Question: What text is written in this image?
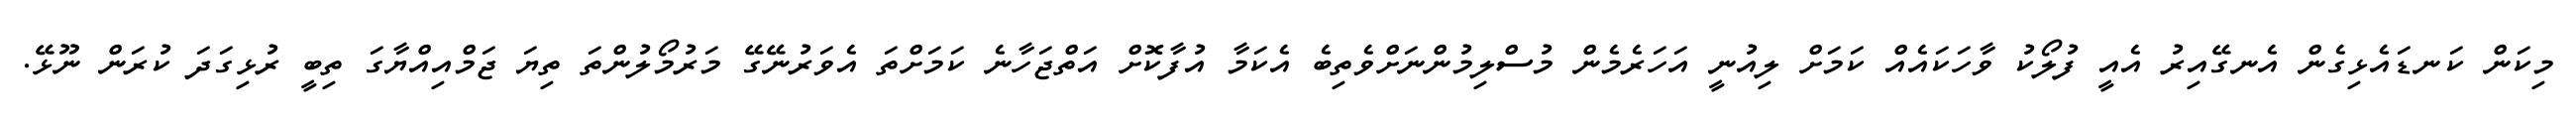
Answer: މިކަން ކަނޑައެޅިގެން އެނގޭއިރު އެއީ ފުލޯކު ވާހަކައެއް ކަމަށް ލިއުނީ އަހަރެމެން މުސްލިމުންނަށްވެތިބެ އެކަމާ އުފާކޮށް އަތްޖަހާނެ ކަމަށްތަ އެވަރުނޭގޭ މަރުމޯލުންތަ ތިޔަ ޖަމްއިއްޔާގަ ތިބީ ރުޅިގަދަ ކުރަން ނޫޅޭ.